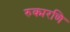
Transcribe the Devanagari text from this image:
रुक्मरणि